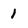
Character: 1